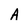
Character: A